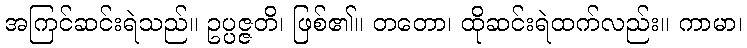
အကြင်ဆင်းရဲသည်။ ဥပ္ပဇ္ဇတိ၊ ဖြစ်၏။ တတော၊ ထိုဆင်းရဲထက်လည်း။ ကာမာ၊